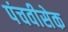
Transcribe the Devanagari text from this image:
पंचवीसेक